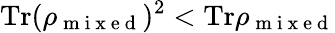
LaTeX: \mathrm{Tr}(\rho_{\mathrm{~m~i~x~e~d~}})^{2}<\mathrm{Tr}\rho_{\mathrm{~m~i~x~e~d~}}